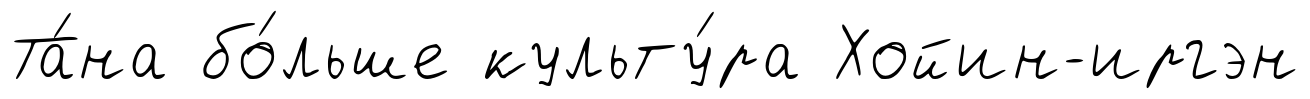
Та́на бо́льше культу́ра Хойин-иргэн